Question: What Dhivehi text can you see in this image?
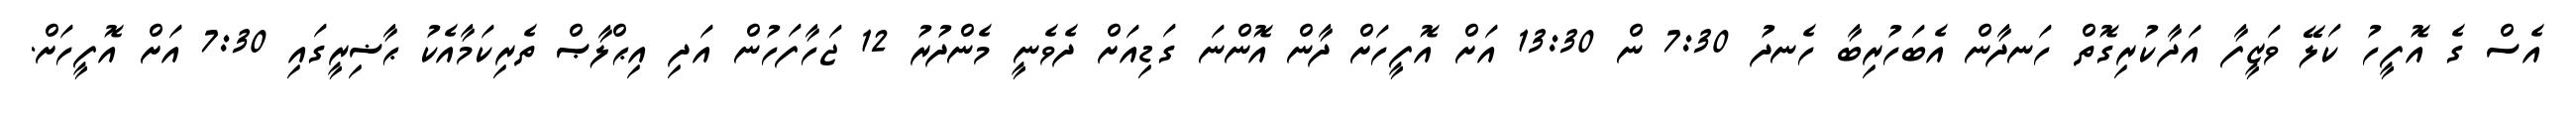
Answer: އެސް ގެ އޮފީހު ކަލޭ ވަޒީފާ އަދާކުރިގޮތް ހަނދާން އެބަހުރިބާ ހެނދު 7:30 ން 13:30 އަށް އޮފީހަށް ދާން އޮންނަ ގަޑިއަށް ދެވެނީ މެންދުރު 12 ޖަހާފަހުން އަދި އިޙްލާޞް ތެރިކަމާއެކު ޙާޟިރީގައި 7:30 އަށް އޮފީހަށް.